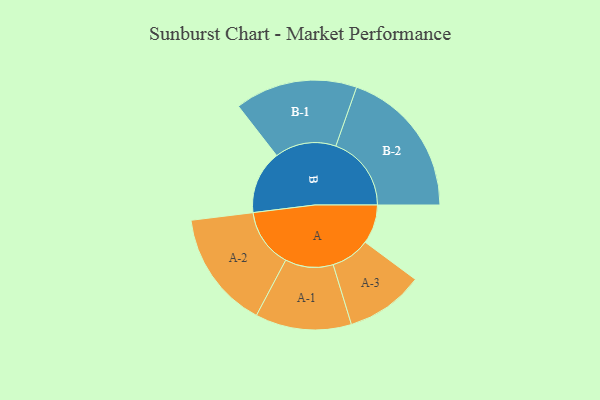
{"axis": {"x": "Segment", "y": "Value"}, "legend": ["", "A", "B"], "data": [{"x": "A", "y": 148, "type": ""}, {"x": "B", "y": 240, "type": ""}, {"x": "A-1", "y": 182, "type": "A"}, {"x": "A-2", "y": 223, "type": "A"}, {"x": "A-3", "y": 148, "type": "A"}, {"x": "B-1", "y": 232, "type": "B"}, {"x": "B-2", "y": 286, "type": "B"}]}